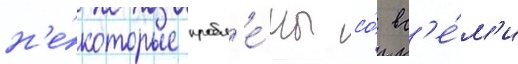
н'е́которые пробл'е́мы со́ вс'е́м'и